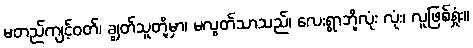
မတည်ကျင့်ဝတ်၊ ချွတ်သူတို့မှာ၊ မလွတ်သာသည်၊ လေးရွာဘို့လုံး လုံး၊ လူဖြစ်ရှုံး။